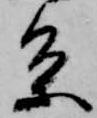
条